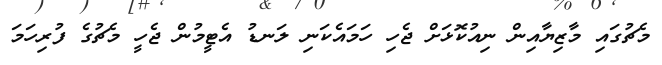
މެޗުގައި މާޒިޔާއިން ނިއުކޮޅަށް ޖެހި ހަމައެކަނި ލަނޑު އެޓީމުން ޖެހީ މެޗުގެ ފުރިހަމަ